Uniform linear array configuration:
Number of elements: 8
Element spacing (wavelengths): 0.5
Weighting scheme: cosine
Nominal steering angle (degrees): -60
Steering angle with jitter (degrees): -61.708
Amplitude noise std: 0.05
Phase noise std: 0.05

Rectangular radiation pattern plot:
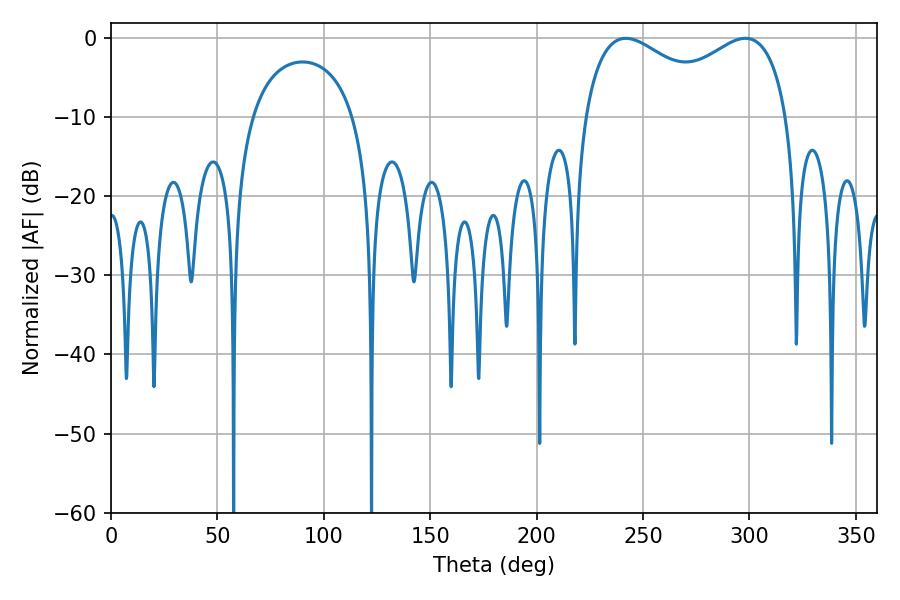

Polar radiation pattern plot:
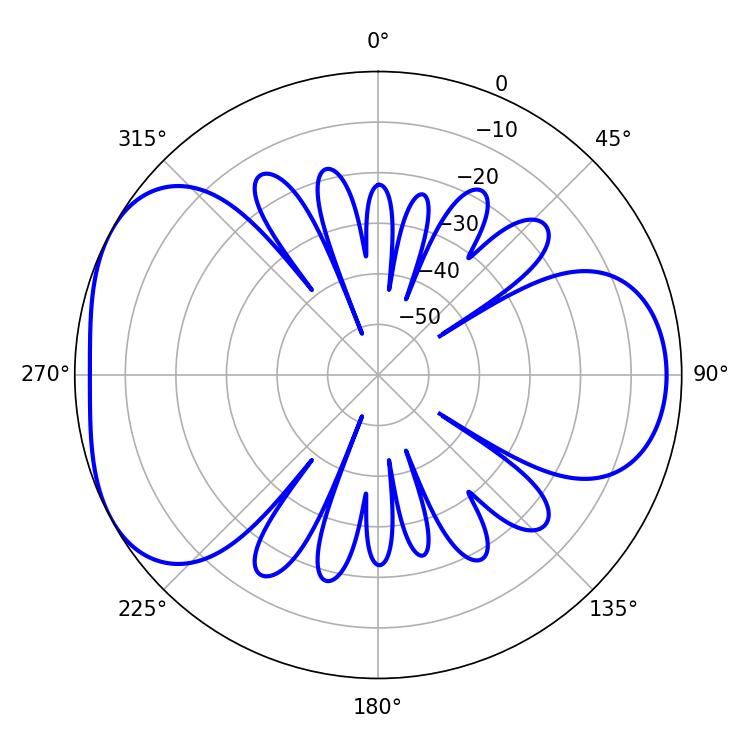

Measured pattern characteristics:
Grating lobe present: FALSE
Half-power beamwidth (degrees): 79.92
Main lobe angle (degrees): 241.92